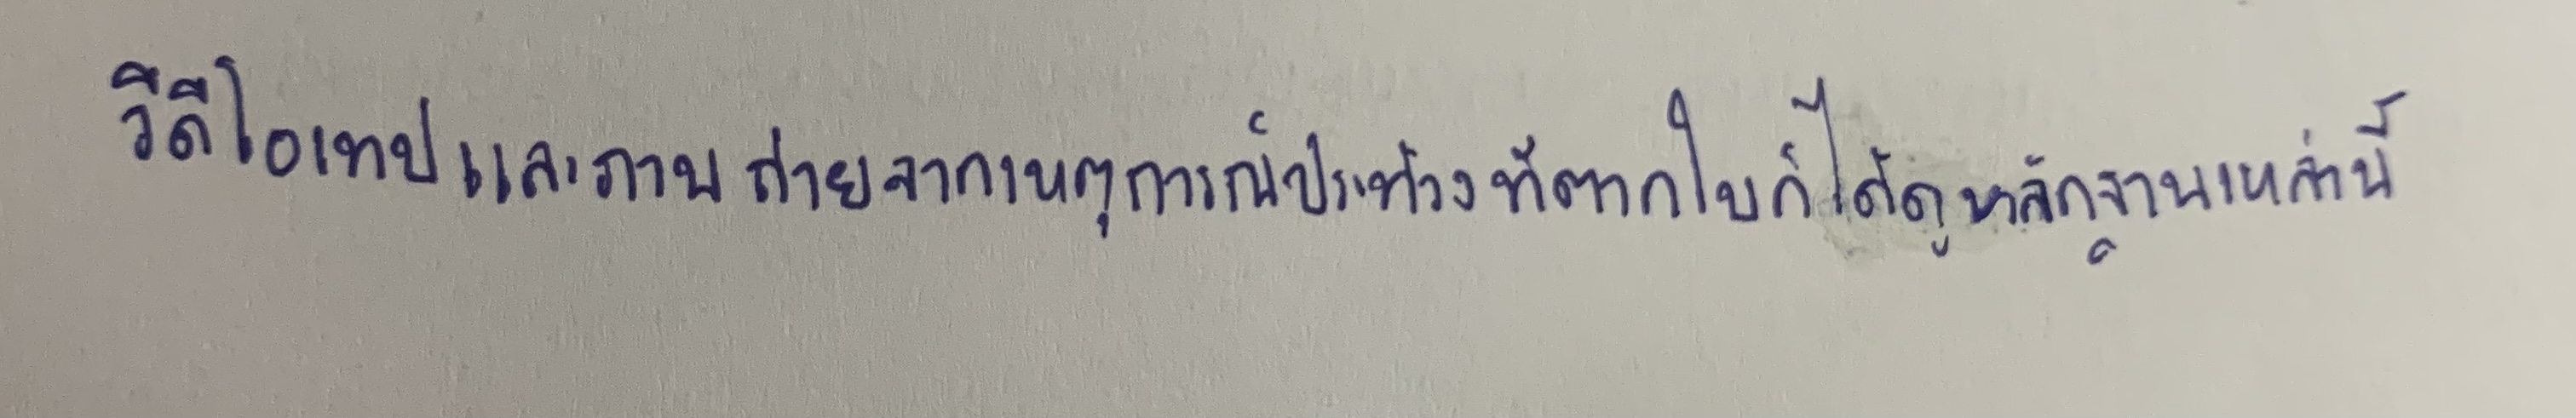
วีดีโอเทปและภาพถ่ายจากเหตุการณ์ประท้วงที่ตากใบก็ได้ดูหลักฐานเหล่านี้